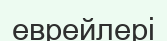
еврейлері